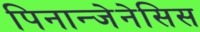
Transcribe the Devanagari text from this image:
पिनान्जेनेसिस